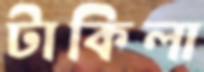
টাকিলা